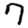
Digit: 7